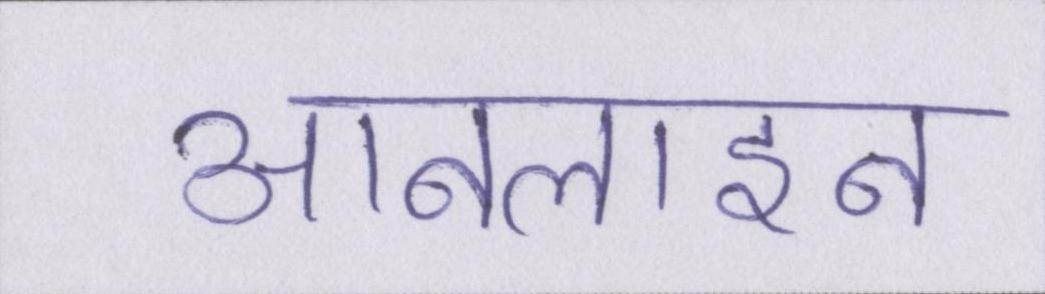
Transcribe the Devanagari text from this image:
आनलाइन